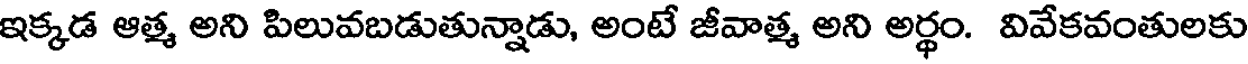
ఇక్కడ ఆత్మ అని పిలువబడుతున్నాడు, అంటే జీవాత్మ అని అర్థం. వివేకవంతులకు